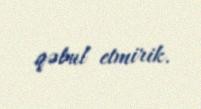
qəbul etmirik.